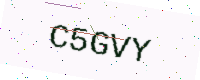
Text: C5GVY